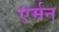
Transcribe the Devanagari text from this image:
एर्मन